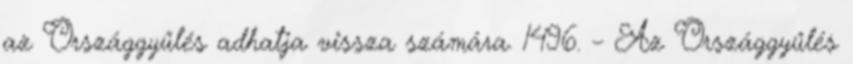
az Országgyűlés adhatja vissza számára. 1496. – Az Országgyűlés